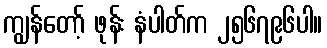
ကျွန်တော့် ဖုန်း နံပါတ်က ၂၅၆၇၉၆ပါ။